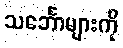
သင်္ဘောများကို